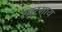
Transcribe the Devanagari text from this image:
स्वरमाय